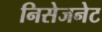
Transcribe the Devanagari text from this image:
निसेजनेट